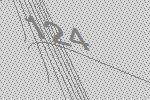
124